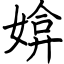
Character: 媕